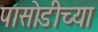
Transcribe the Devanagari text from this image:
पासोडीच्या